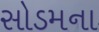
સોડમના